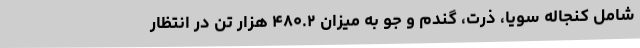
شامل کنجاله سویا، ذرت، گندم و جو به میزان ۴۸۰.۲ هزار تن در انتظار